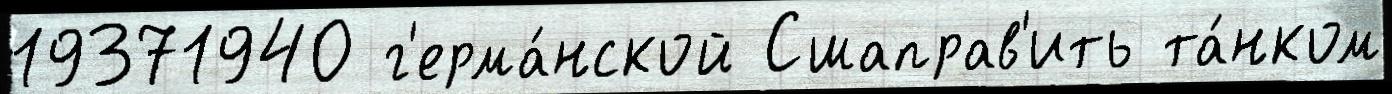
19371940 г'ерма́нской Сшаправ'ить та́нком